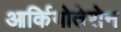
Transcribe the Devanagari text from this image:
आर्कियोतेरोन